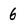
Character: 6